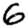
Digit: 6